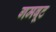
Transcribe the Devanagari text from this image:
गमबूट